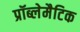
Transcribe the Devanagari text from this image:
प्रॉब्लेमैटिक